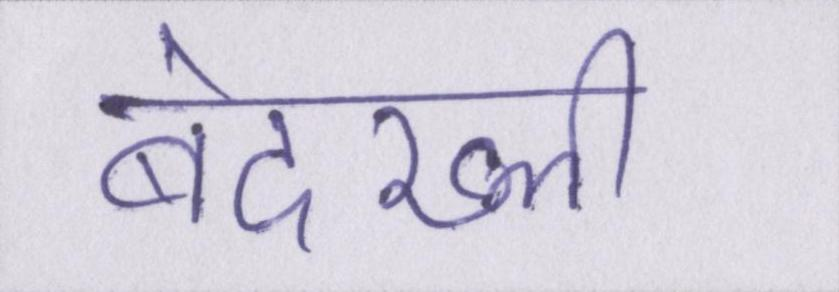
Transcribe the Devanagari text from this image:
बेदख्ली